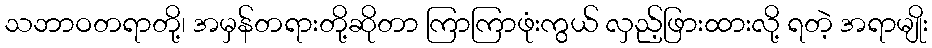
သဘာဝတရာတို့၊ အမှန်တရားတို့ဆိုတာ ကြာကြာဖုံးကွယ် လှည့်ဖြားထားလို့ ရတဲ့ အရာမျိုး